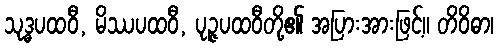
သုဒ္ဓပထဝီ, မိဿပထဝီ, ပုဉ္ဇပထဝီတို့၏ အပြားအားဖြင့်။ တိဝိဓာ၊